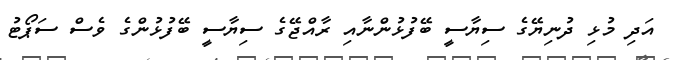
އަދި މުޅި ދުނިޔޭގެ ސިޔާސީ ބޭފުޅުންނާއި ރާއްޖޭގެ ސިޔާސީ ބޭފުޅުންގެ ވެސް ސަޕޯޓު